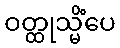
ဝတ္ထုသ္မိံပေ